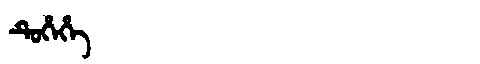
Manchu: ᡨᡠᡥᡝᡥᡝ
Romanization: TUHEHE